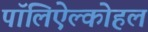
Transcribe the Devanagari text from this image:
पॉलिऐल्कोहल